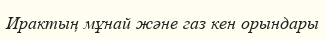
Ирактың мұнай және газ кен орындары